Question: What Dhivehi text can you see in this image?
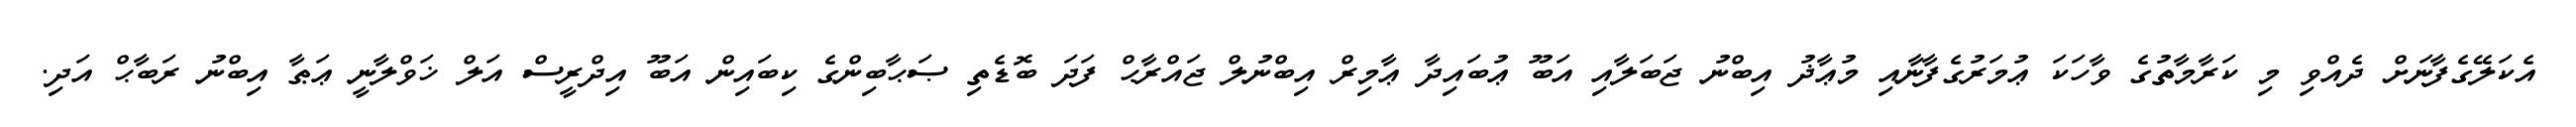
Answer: އެކަލޭގެފާނަށް ދެއްވި މި ކަރާމާތުގެ ވާހަކަ ޢުމަރުގެފާނާއި މުޢާޛު އިބްނު ޖަބަލާއި އަބޫ ޢުބައިދާ ޢާމިރް އިބްނުލް ޖައްރާޙް ފަދަ ބޮޑެތި ޞަޙާބިންގެ ކިބައިން އަބޫ އިދްރީސް އަލް ޚަވްލާނީ ޢަޠާ އިބްނު ރަބާޙް އަދި.